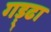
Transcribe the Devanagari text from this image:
गड़्ढा